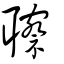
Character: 聺